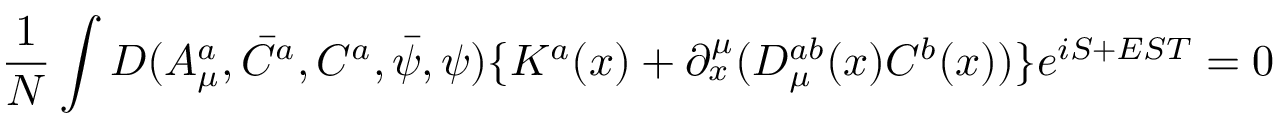
\frac 1 N \int D ( A _ { \mu } ^ { a } , \bar { C } ^ { a } , C ^ { a } , \bar { \psi } , \psi ) \{ K ^ { a } ( x ) + \partial _ { x } ^ { \mu } ( { \cal D } _ { \mu } ^ { a b } ( x ) C ^ { b } ( x ) ) \} e ^ { i S + E S T } = 0